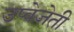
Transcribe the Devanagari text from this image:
उप्वेजेती